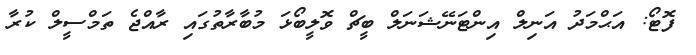
ފޮޓޯ: އަޙްމަދު އަނިލް އިންޓަނޭޝަނަލް ބީޗް ވޮލީބޯޅަ މުބާރާތުގައި ރާއްޖެ ތަމްސީލް ކުރާ